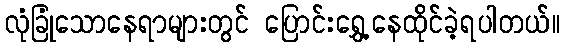
လုံခြုံသောနေရာများတွင် ပြောင်းရွှေ့နေထိုင်ခဲ့ရပါတယ်။